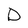
Character: D